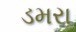
ડમરા